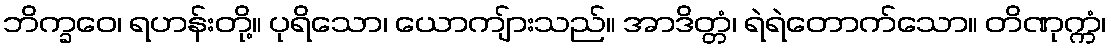
ဘိက္ခဝေ၊ ရဟန်းတို့။ ပုရိသော၊ ယောကျ်ားသည်။ အာဒိတ္တံ၊ ရဲရဲတောက်သော။ တိဏုက္ကံ၊